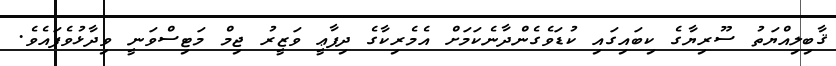
ޤާބިލިއްޔަތު ސޫރިޔާގެ ކިބައިގައި ކުޑަވެގެންދާނެކަމަށް އެމެރިކާގެ ދިފާޢީ ވަޒީރު ޖިމް މަޓިސްވަނީ ވިދާޅުވެފައެވެ.